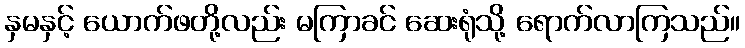
နှမနှင့် ယောက်ဖတို့လည်း မကြာခင် ဆေးရုံသို့ ရောက်လာကြသည်။